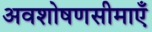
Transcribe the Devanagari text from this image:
अवशोषणसीमाएँ